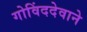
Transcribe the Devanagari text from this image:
गोविंददेवाने